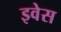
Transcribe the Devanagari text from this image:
इवेस